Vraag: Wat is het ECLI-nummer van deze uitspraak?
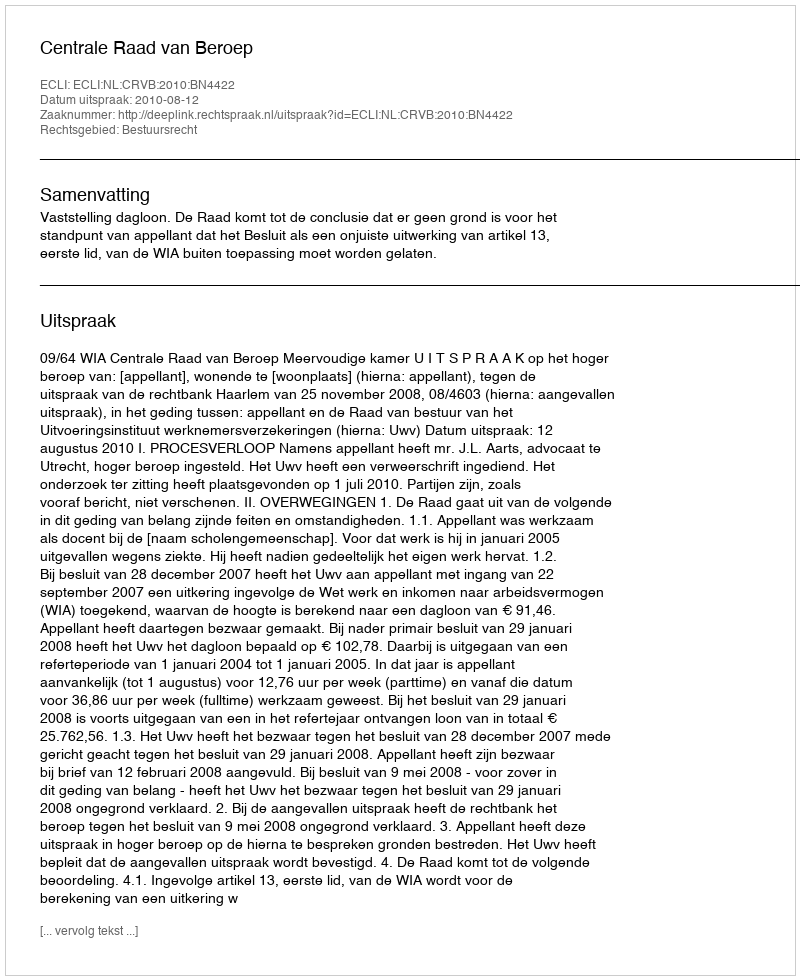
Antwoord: ECLI:NL:CRVB:2010:BN4422